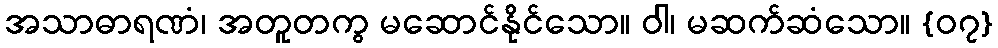
အသာဓာရဏံ၊ အတူတကွ မဆောင်နိုင်သော။ ဝါ၊ မဆက်ဆံသော။ {၀၇}